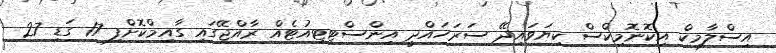
އިސްލާމިކް އިކޮނޮމިކްސް ކިޔަވައިދޭ ސަރަހައްދީ އިންސްޓިޓިއުޓެއް ރާއްޖޭގައި ގާއިމްކޮށްފި 17 ގަޑި 27